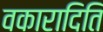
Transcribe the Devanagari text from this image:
वकारादिति